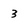
Character: 3